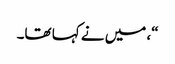
“، میں نے کہا تھا۔